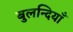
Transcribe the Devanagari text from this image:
बुलन्दियाँ